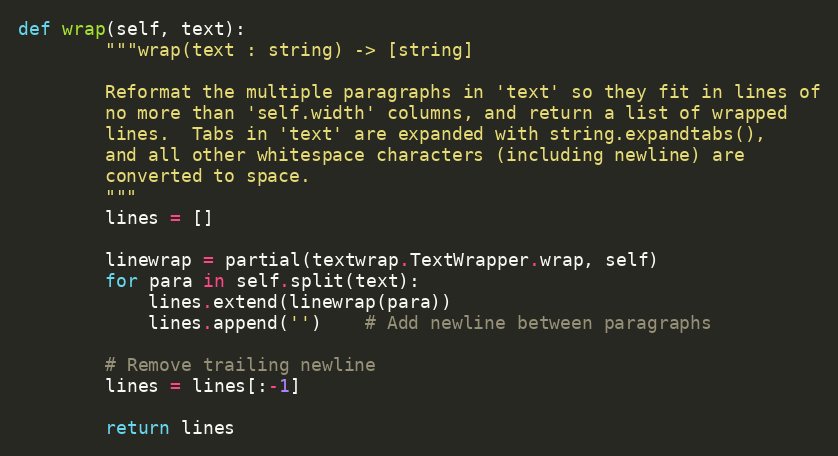
Language: Python
def wrap(self, text):
        """wrap(text : string) -> [string]

        Reformat the multiple paragraphs in 'text' so they fit in lines of
        no more than 'self.width' columns, and return a list of wrapped
        lines.  Tabs in 'text' are expanded with string.expandtabs(),
        and all other whitespace characters (including newline) are
        converted to space.
        """
        lines = []

        linewrap = partial(textwrap.TextWrapper.wrap, self)
        for para in self.split(text):
            lines.extend(linewrap(para))
            lines.append('')    # Add newline between paragraphs

        # Remove trailing newline
        lines = lines[:-1]

        return lines